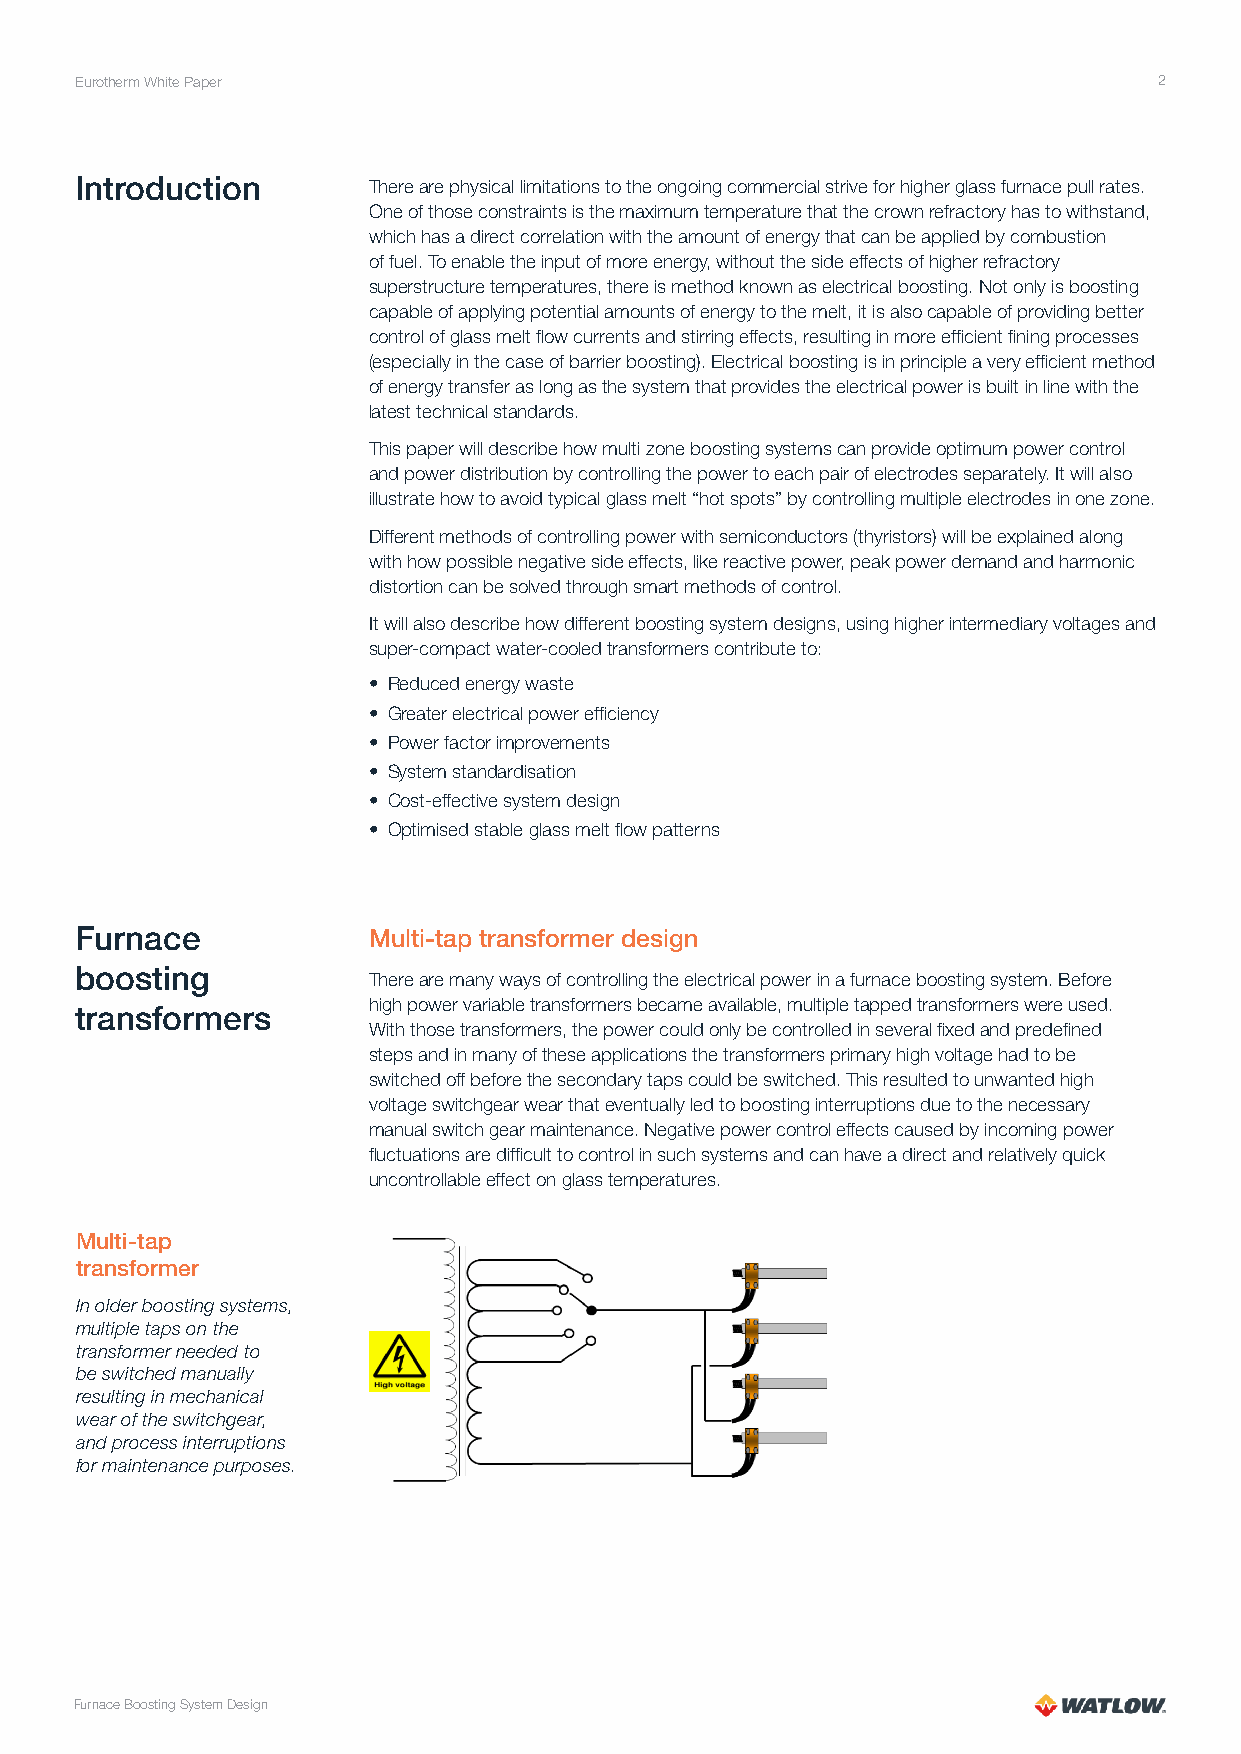
Eurotherm White Paper                                                   2
 Introduction       There are physical limitations to the ongoing commercial strive for higher glass furnace pull rates.
 One of those constraints is the maximum temperature that the crown refractory has to withstand,
 which has a direct correlation with the amount of energy that can be applied by combustion
 of fuel. To enable the input of more energy, without the side effects of higher refractory
 superstructure temperatures, there is method known as electrical boosting. Not only is boosting
 capable of applying potential amounts of energy to the melt, it is also capable of providing better
 control of glass melt flow currents and stirring effects, resulting in more efficient fining processes
 (especially in the case of barrier boosting). Electrical boosting is in principle a very efficient method
 of energy transfer as long as the system that provides the electrical power is built in line with the
 latest technical standards.
 This paper will describe how multi zone boosting systems can provide optimum power control
 and power distribution by controlling the power to each pair of electrodes separately. It will also
 illustrate how to avoid typical glass melt “hot spots” by controlling multiple electrodes in one zone.
 Different methods of controlling power with semiconductors (thyristors) will be explained along
 with how possible negative side effects, like reactive power, peak power demand and harmonic
 distortion can be solved through smart methods of control.
 It will also describe how different boosting system designs, using higher intermediary voltages and
 super-compact water-cooled transformers contribute to:
 • Reduced energy waste
 • Greater electrical power efficiency
 • Power factor improvements
 • System standardisation
 • Cost-effective system design
 • Optimised stable glass melt flow patterns
 Furnace            Multi-tap transformer design
 boosting
 There are many ways of controlling the electrical power in a furnace boosting system. Before
 high power variable transformers became available, multiple tapped transformers were used.
 transformers
 With those transformers, the power could only be controlled in several fixed and predefined
 steps and in many of these applications the transformers primary high voltage had to be
 switched off before the secondary taps could be switched. This resulted to unwanted high
 voltage switchgear wear that eventually led to boosting interruptions due to the necessary
 manual switch gear maintenance. Negative power control effects caused by incoming power
 fluctuations are difficult to control in such systems and can have a direct and relatively quick
 uncontrollable effect on glass temperatures.
 Multi-tap
 transformer
 In older boosting systems,
 multiple taps on the
 transformer needed to
 be switched manually
 resulting in mechanical
 wear of the switchgear,
 and process interruptions
 for maintenance purposes.
 Furnace Boosting System Design